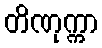
တိဏုက္ကာ